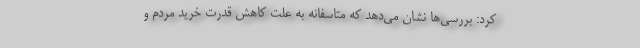
کرد: بررسی‌ها نشان می‌دهد که متاسفانه به علت کاهش قدرت خرید مردم و